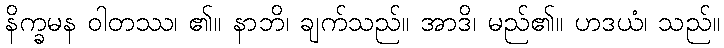
နိက္ခမန ဝါတဿ၊ ၏။ နာဘိ၊ ချက်သည်။ အာဒိ၊ မည်၏။ ဟဒယံ၊ သည်။